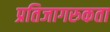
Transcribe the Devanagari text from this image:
प्रतिजागरुकता